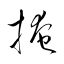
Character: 掩